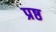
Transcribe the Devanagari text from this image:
प्रष्ठ